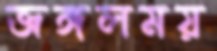
জঙ্গলময়